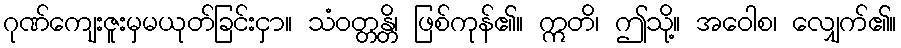
ဂုဏ်ကျေးဇူးမှမယုတ်ခြင်းငှာ။ သံဝတ္တန္တိ၊ ဖြစ်ကုန်၏။ ဣတိ၊ ဤသို့။ အဝေါစ၊ လျှေက်၏။